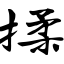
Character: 揉